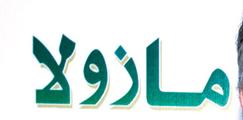
مازولا